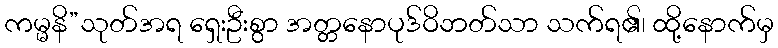
ကမ္မနိ”သုတ်အရ ရှေးဦးစွာ အတ္တနောပုဒ်ဝိဘတ်သာ သက်ရ၏၊ ထို့နောက်မှ